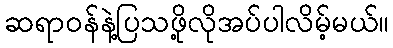
ဆရာဝန်နဲ့ပြသဖို့လိုအပ်ပါလိမ့်မယ်။